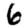
Digit: 6